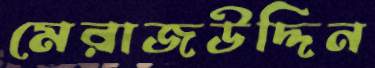
মেরাজউদ্দিন